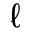
\ell